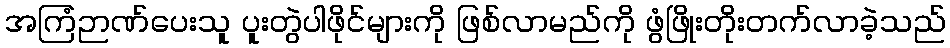
အကြံဉာဏ်ပေးသူ ပူးတွဲပါဖိုင်များကို ဖြစ်လာမည်ကို ဖွံဖြိုးတိုးတက်လာခဲ့သည်